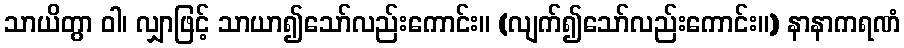
သာယိတွာ ဝါ၊ လျှာဖြင့် သာယာ၍သော်လည်းကောင်း။ (လျက်၍သော်လည်းကောင်း။) နာနာကရဏံ